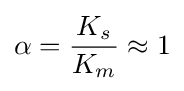
\alpha ={\frac {K_{s}}{K_{m}}}\approx 1